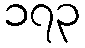
၁၇၃